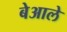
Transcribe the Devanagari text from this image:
बेआले